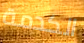
الكدمة